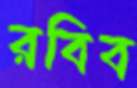
রবিব